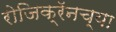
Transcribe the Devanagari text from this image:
रोजिक्रॅनच्या